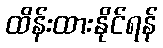
ထိန်းထားနိုင်ရန်